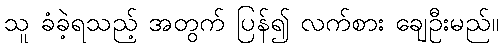
သူ ခံခဲ့ရသည့် အတွက် ပြန်၍ လက်စား ချေဦးမည်။